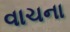
વાચના